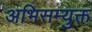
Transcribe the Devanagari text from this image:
अभिसम्युक्त